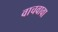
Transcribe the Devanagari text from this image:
वाचवावा